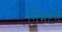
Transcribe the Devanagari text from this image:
निमटने